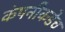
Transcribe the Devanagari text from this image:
कंपनीकडेच